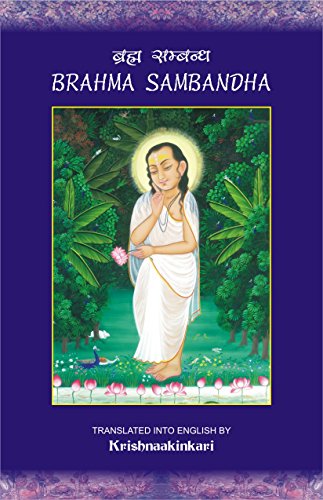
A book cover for Brahma Sambandha; Krishnaakinkari; Religion & Spirituality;